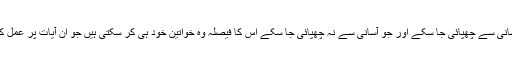
جو چیز آسانی سے چھپائی جا سکے اور جو آسانی سے نہ چھپائی جا سکے اس کا فیصلہ وہ خواتین خود ہی کر سکتی ہیں جو ان آیات پر عمل کر رہی ہو۔